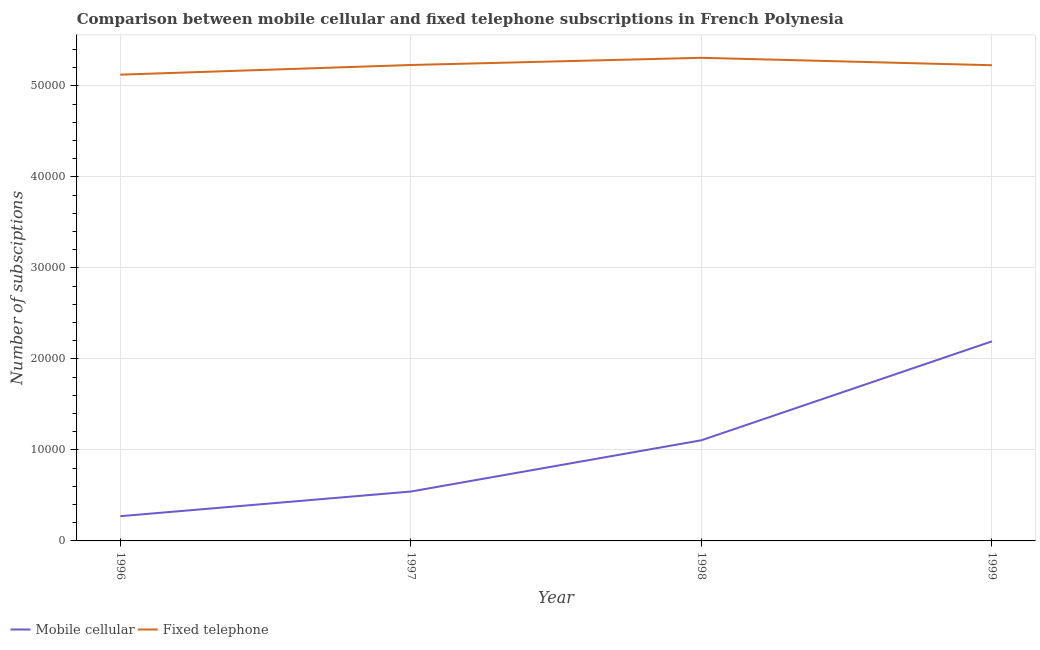
| Year | Mobile cellular | Fixed telephone |
 | --- | --- | --- |
 | 1996 | 2.72e+03 | 5.12e+04 |
 | 1997 | 5.43e+03 | 5.23e+04 |
 | 1998 | 1.11e+04 | 5.31e+04 |
 | 1999 | 2.19e+04 | 5.23e+04 |